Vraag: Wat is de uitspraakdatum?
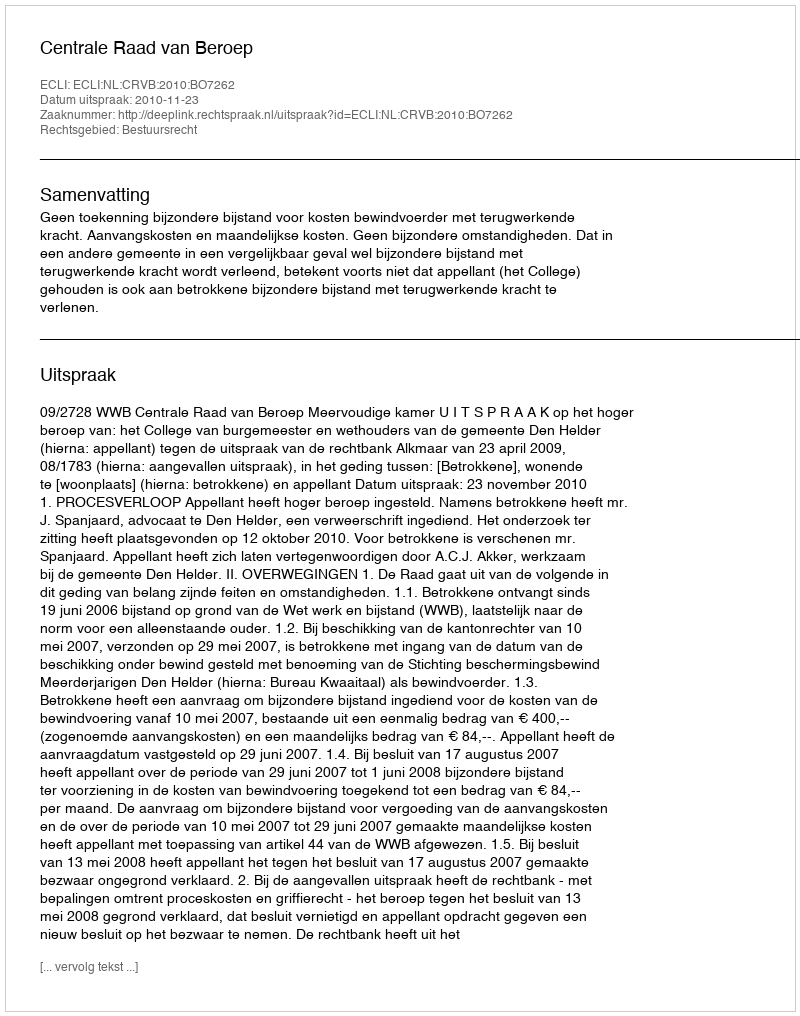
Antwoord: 2010-11-23